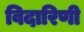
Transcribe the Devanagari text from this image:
विदारिणी